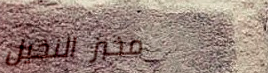
مخبز النخيل